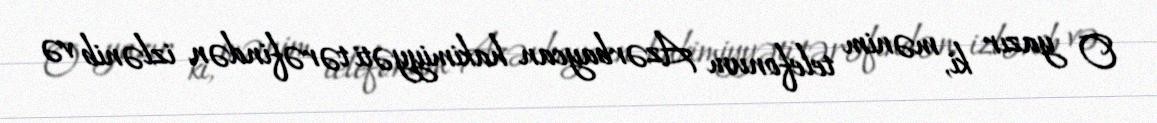
O yazır ki, mənim telefonum Azərbaycan hakimiyyəti tərəfindən izlənib və